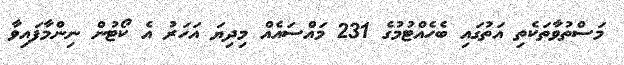
މަސްތުވާތަކެތި އަތުގައި ބެހެއްޓުމުގެ 231 މައްސައެއް މިދިޔަ އަހަރު އެ ކޯޓުން ނިންމާފައިވާ